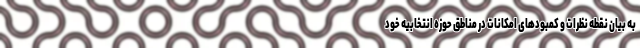
به بیان نقطه نظرات و کمبودهای امکانات در مناطق حوزه انتخابیه خود